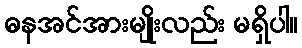
ဓနအင်အားမျိုးလည်း မရှိပါ။